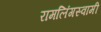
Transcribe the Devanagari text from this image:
रामलिंगस्वामी